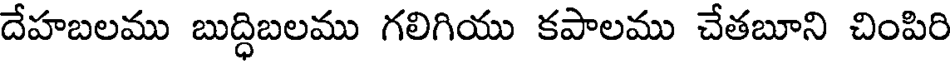
దేహబలము బుద్ధిబలము గలిగియు కపాలము చేతబూని చింపిరి